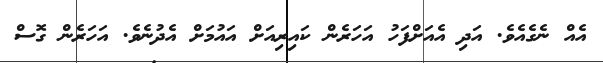
އެއް ނެގެއެވެ. އަދި އެއަށްފަހު އަހަރެން ކައިރިއަށް އައުމަށް އެދުނެވެ. އަހަރެން ގޮސް